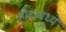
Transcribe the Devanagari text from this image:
हौदामध्यें